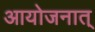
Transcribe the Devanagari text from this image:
आयोजनात्